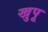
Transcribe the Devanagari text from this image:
खुपू